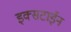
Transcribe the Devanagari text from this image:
इक्सटाईन